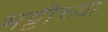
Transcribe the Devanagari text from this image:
भट्टीच्या